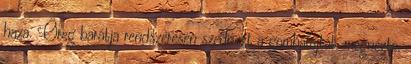
haza. Öreg barátja rendszeresen szedi ezt a gombafajtát, megnézte,